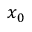
x _ { 0 }